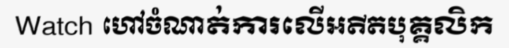
Watch ហៅចំណាត់ការលើអតីតបុគ្គលិក